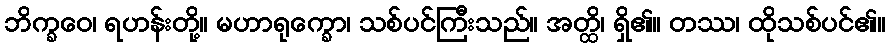
ဘိက္ခဝေ၊ ရဟန်းတို့။ မဟာရုက္ခော၊ သစ်ပင်ကြီးသည်။ အတ္ထိ၊ ရှိ၏။ တဿ၊ ထိုသစ်ပင်၏။